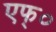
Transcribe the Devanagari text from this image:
एफ्०